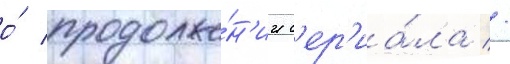
о́ продолже́н'ии с'ер'иа́ла //